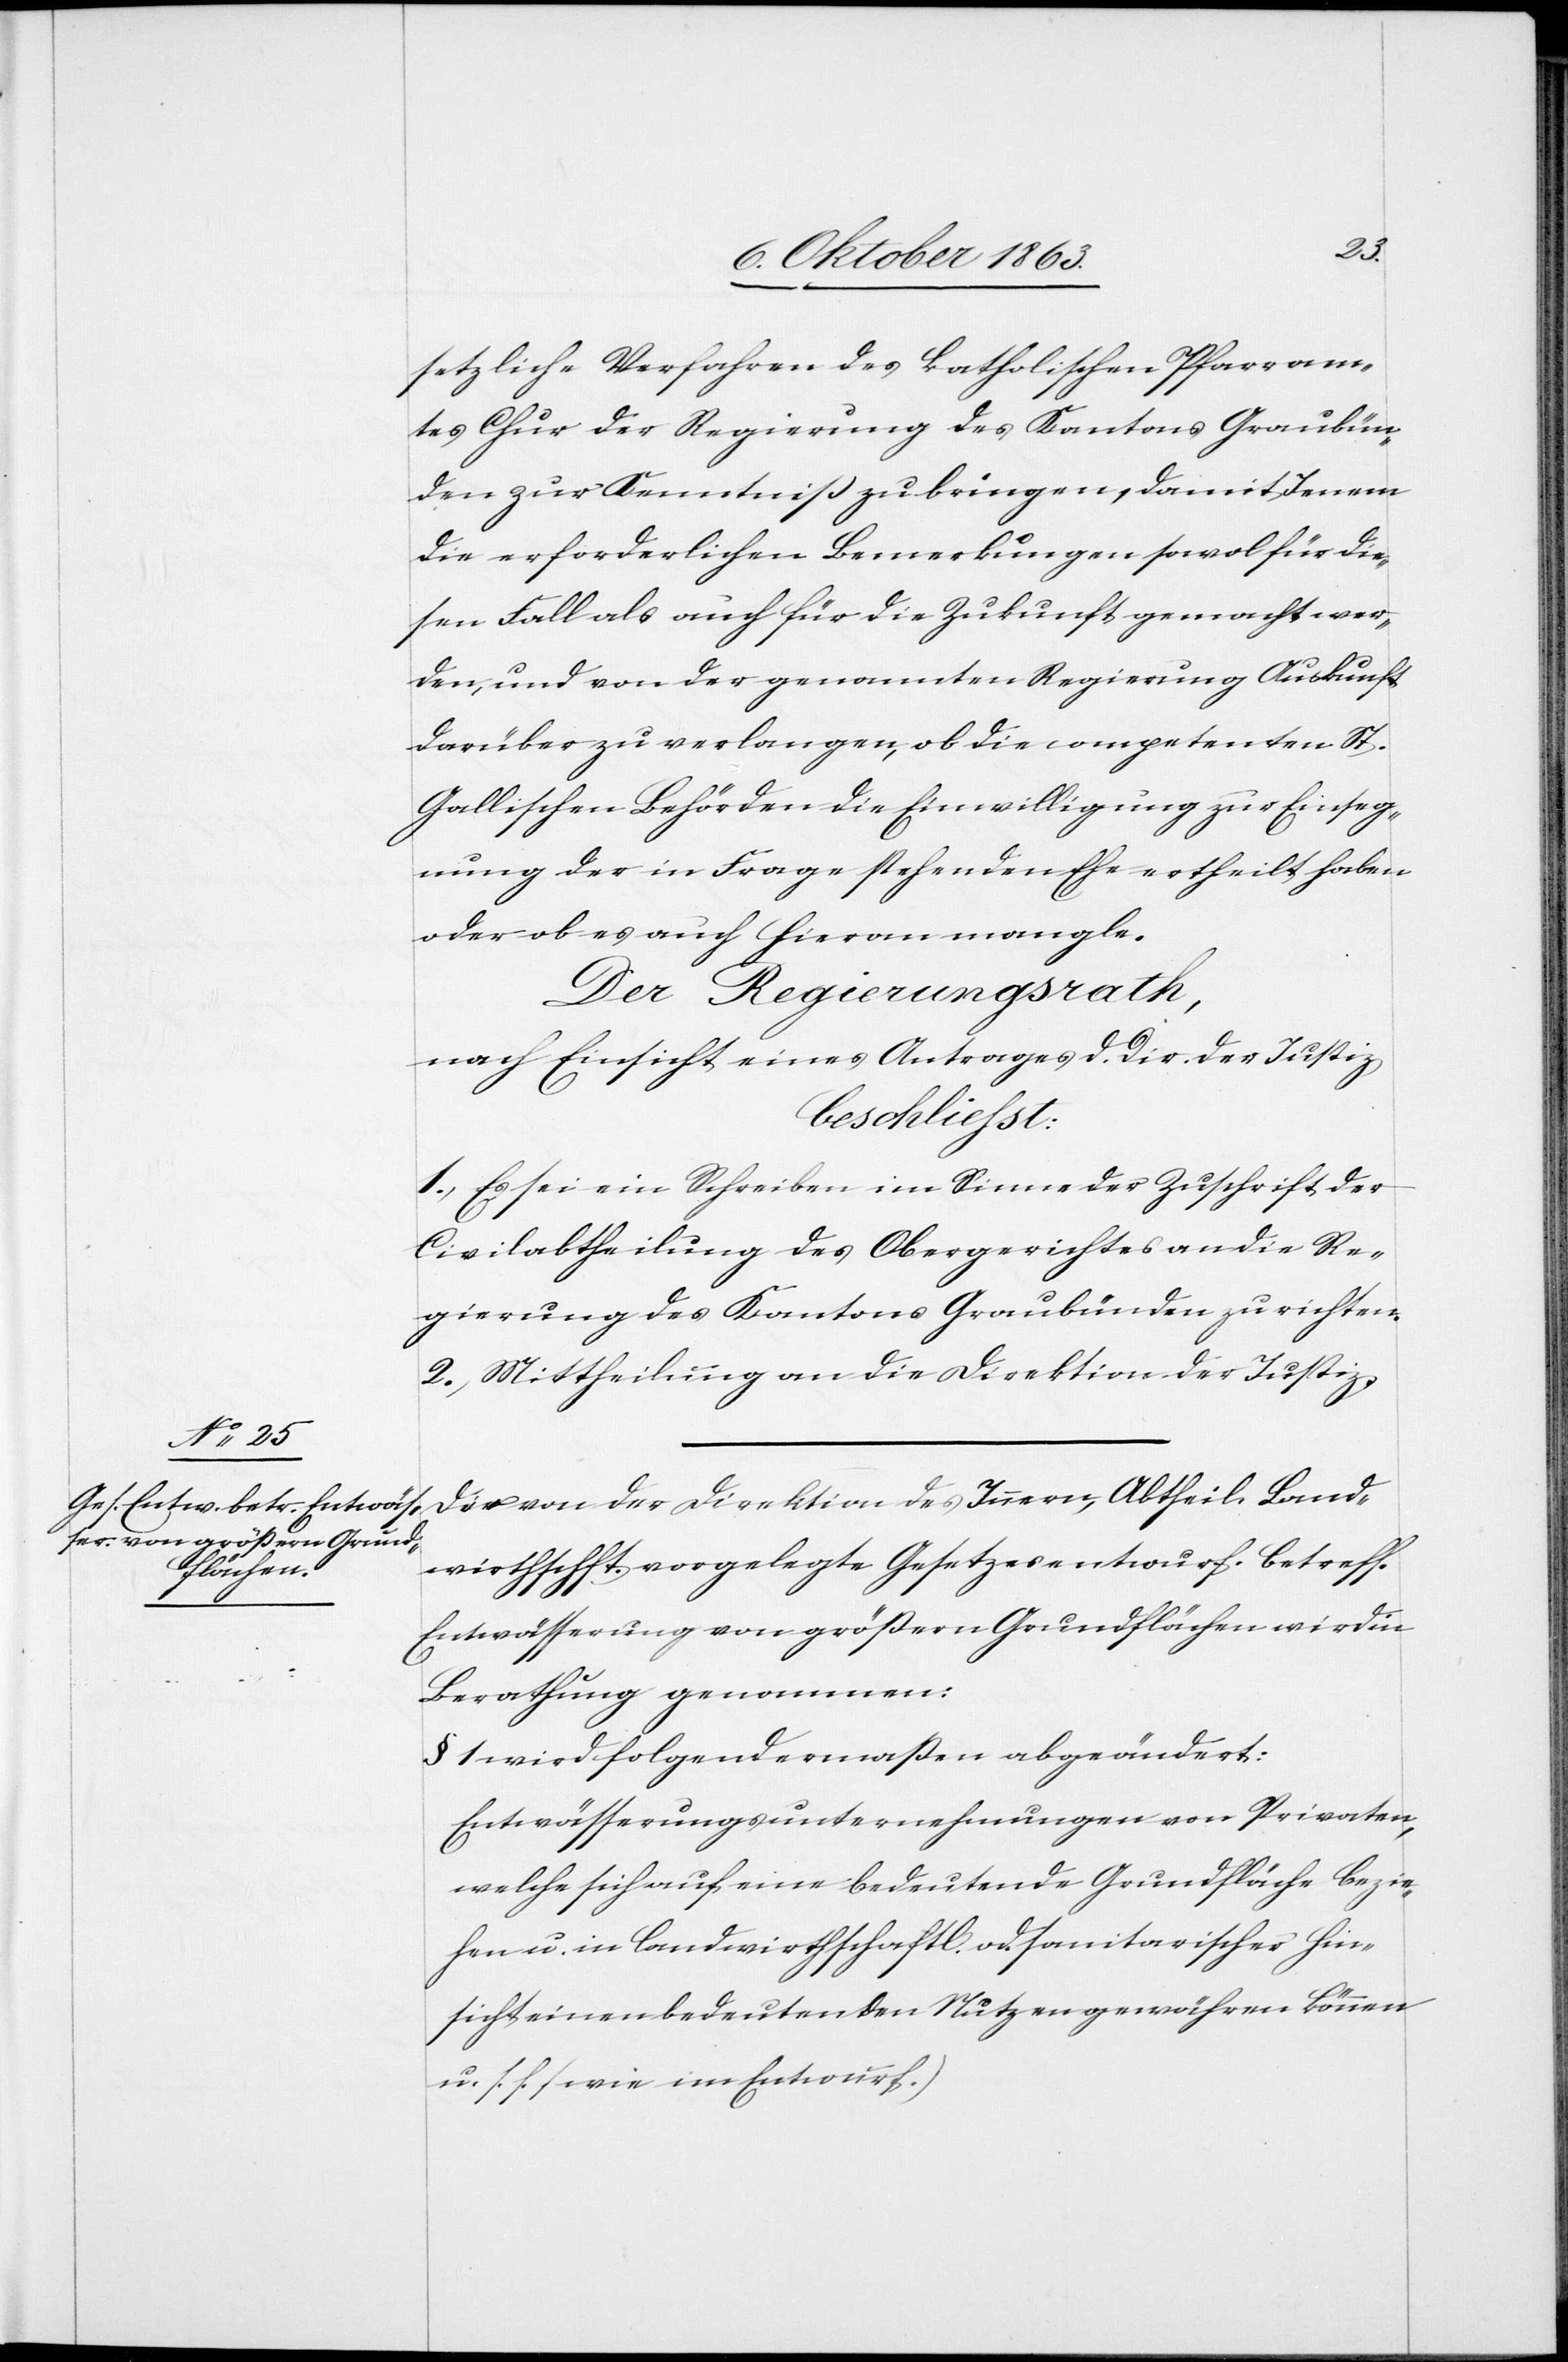
setzliche Verfahren des katholischen Pfarram¬
tes Chur der Regierung des Kantons Graubün¬
den zur Kenntniß zu bringen, damit Jenem
die erforderlichen Bemerkungen sowol für die¬
sen Fall als auch für die Zukunft gemacht wer¬
den, und von der genannten Regierung Auskunft
darüber zu verlangen, ob die competenten St.
Gallischen Behörden die Einwilligung zur Einseg¬
nung der in Frage stehenden Ehe ertheilt haben
oder ob es auch hieran mangle.
Der Regierungsrath,
nach Einsicht eines Antrages d. Dir. der Justiz,
beschliesst:
1.) Es sei ein Schreiben im Sinne der Zuschrift der
Civilabtheilung des Obergerichtes an die Re¬
gierung des Kantons Graubünden zu richten.
2.) Mittheilung an die Direktion der Justiz.
Der von der Direktion des Innern, Abtheil. Land¬
wirthschft. vorgelegte Gesetzesentwurf. betreff.
Entwässerung von größern Grundflächen wird in
Berathung genommen:
§ 1 wird folgendermaßen abgeändert:
Entwässerungsunternehmungen von Privaten,
welche sich auf eine bedeutende Grundfläche bezie¬
hen u. in landwirthschaftl. od. sanitarischer Hin¬
sicht einen bedeutenden Nutzen gewähren können
u. s. f. (wie im Entwurf.)